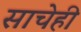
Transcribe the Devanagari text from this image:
साचेही